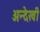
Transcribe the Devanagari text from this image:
अन्देखी